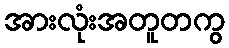
အားလုံးအတူတကွ